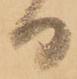
日